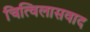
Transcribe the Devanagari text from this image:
चित्विलासवाद